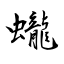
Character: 蠬